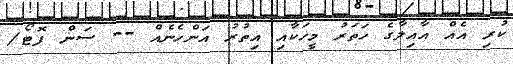
ކުރި އެއް އާއިލާގެ ހަތަރު މީހަކާއި އިތުރު އަންހެނެއް -- ސަން ފޮޓޯ/